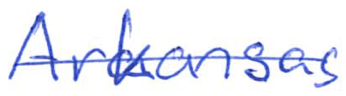
Text: Arkansas
Cross-out: single-line
Writing tool: ballpoint